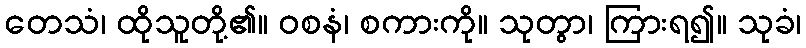
တေသံ၊ ထိုသူတို့၏။ ဝစနံ၊ စကားကို။ သုတွာ၊ ကြားရ၍။ သုခံ၊